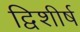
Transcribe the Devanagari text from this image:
द्विशीर्ष